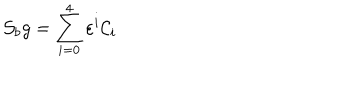
{ \cal S } _ { b } g = \sum _ { i = 0 } ^ { 4 } \varepsilon ^ { i } { \cal C } _ { i }